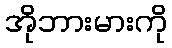
အိုဘားမားကို